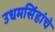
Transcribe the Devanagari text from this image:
उधमसिंहांचे